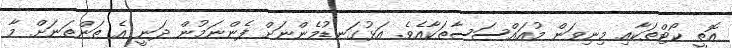
އޮތީ ކޯޓްތަކާއި މިނިވަން މުއައްސަސާތަކާއެވެ. އަޅުގަނޑުމެންނަށް ފެންނަމުން ދަނީ އެ ތަންތަނަށް މާ